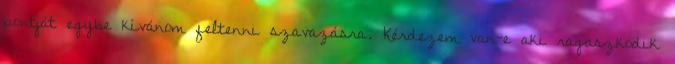
pontját egybe kívánom feltenni szavazásra. Kérdezem van-e aki ragaszkodik